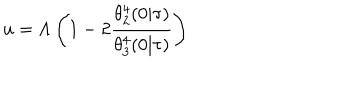
LaTeX: u = \Lambda \left( 1 - 2 \frac { \theta _ { 2 } ^ { 4 } ( 0 | \tau ) } { \theta _ { 3 } ^ { 4 } ( 0 | \tau ) } \right)